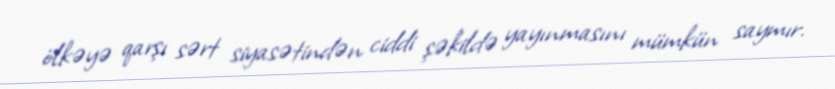
ölkəyə qarşı sərt siyasətindən ciddi şəkildə yayınmasını mümkün saymır.